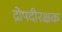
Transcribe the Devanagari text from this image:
द्रोपदीरक्षक